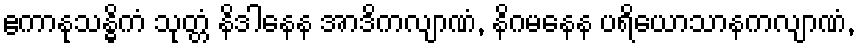
ဧကာနုသန္ဓိကံ သုတ္တံ နိဒါနေန အာဒိကလျာဏံ, နိဂမနေန ပရိယောသာနကလျာဏံ,